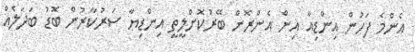
އެންމެ ފަހުން އިންޑިއާ އިން އެންރޮން ބޭރުކޮށްލީތީ އިންޑިޔާ ސަރުކާރުން ބޮޑު ބަދަލެއް